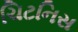
ચિટનિસ